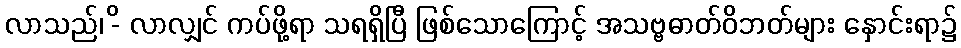
လာသည်၊ -ိ လာလျှင် ကပ်ဖို့ရာ သရရှိပြီ ဖြစ်သောကြောင့် အသဗ္ဗဓာတ်ဝိဘတ်များ နှောင်းရာ၌